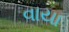
વાયા